Annual statistical returns and brief notes on vaccination in Bengal - 1887-1898
Year: 1887
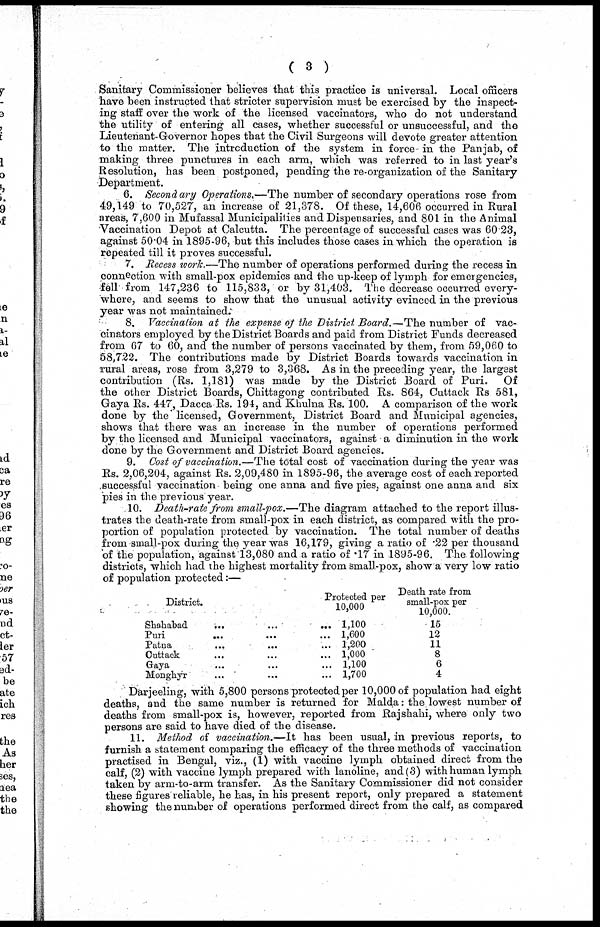
( 3 )
Sanitary Commissioner believes that this practice is universal. Local officers
have been instructed that stricter supervision must be exercised by the inspect-
ing staff over the work of the licensed vaccinators, who do not understand
the utility of entering all cases, whether successful or unsuccessful, and the
Lieutenant-Governor hopes that the Civil Surgeons will devote greater attention
to the matter. The introduction of the system in force- in the Panjab, of
making three punctures in each arm, which was referred to in last year's
Resolution, has been postponed, pending the re-organization of the Sanitary
Department.
6. Secondary Operations.—The number of secondary operations rose from
49,149 to 70,527, an increase of 21,378. Of these, 14,606 occurred in Rural
areas, 7,600 in Mufassal Municipalities and Dispensaries, and 801 in the Animal
Vaccination Depot at Calcutta. The percentage of successful cases was 60.23,
against 50.04 in 1895-96, but this includes those cases in which the operation is
repeated till it proves successful.
7. Recess work.—The number of operations performed during the recess in
connection with small-pox epidemics and the up-keep of lymph for emergencies,
fell from 147,236 to 115,833, or by 31,403. The decrease occurred every-
where, and seems to show that the unusual activity evinced in the previous
year was not maintained.
8. Vaccination at the expense of the District Board.—The number of vac-
cinators employed by the District Boards and paid from District Funds decreased
from 67 to 60, and the number of persons vaccinated by them, from 59,060 to
58,722. The contributions made by District Boards towards vaccination in
rural areas, rose from 3,279 to 3,368. As in the preceding year, the largest
contribution (Rs. 1,181) was made by the District Board of Puri. Of
the other District Boards, Chittagong contributed Rs. 864, Cuttack Rs 581,
Gaya Rs. 447, Dacca Rs. 194, and Khulna Rs. 100. A comparison of the work
done by the licensed, Government, District Board and Municipal agencies,
shows that there was an increase in the number of operations performed
by the licensed and Municipal vaccinators, against a diminution in the work
done by the Government and District Board agencies.
9. Cost of vaccination.—The total cost of vaccination during the year was
Rs. 2,06,204, against Rs. 2,09,480 in 1895-96, the average cost of each reported
successful vaccination being one anna and five pies, against one anna and six
pies in the previous year.
10. Death-rate from small-pox.—The diagram attached to the report illus-
trates the death-rate from small-pox in each district, as compared with the pro-
portion of population protected by vaccination. The total number of deaths
from small-pox during the year was 16,179, giving a ratio of .22 per thousand
of the population, against 13,080 and a ratio of .17 in 1895-96. The following
districts, which had the highest mortality from small-pox, show a very low ratio
of population protected:—
District.
Shahabad
...
...
...
Puri ... ... ...
Patna
...
...
...
Cuttack ... ... ...
Gaya ... ... ...
Monghyr ... ... ...
Protected per
10,000
1,100
1,600
1,200
1,000
1,100
1,700
Death rate from
small-pox per
10,000.
15
12
11
8
6
4
Darjeeling, with 5,800 persons protected per 10,000 of population had eight
deaths, and the same number is returned for Malda: the lowest number of
deaths from small-pox is, however, reported from Rajshahi, where only two
persons are said to have died of the disease.
11. Method of vaccination.—It has been usual, in previous reports, to
furnish a statement comparing the efficacy of the three methods of vaccination
practised in Bengal, viz., (1) with vaccine lymph obtained direct from the
calf, (2) with vaccine lymph prepared with lanoline, and (3) with human lymph
taken by arm-to-arm transfer. As the Sanitary Commissioner did not consider
these figures reliable, he has, in his present report, only prepared a statement
showing the number of operations performed direct from the calf, as compared